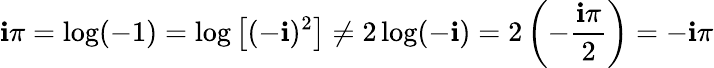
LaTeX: \mathbf{i}\pi=\log(-1)=\log\left[(-\mathbf{i})^{2}\right]\neq2\log(-\mathbf{i})=2\left(-{\frac{{\mathbf{i}\pi}}{{2}}}\right)=-\mathbf{i}\pi